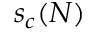
s _ { c } ( N )